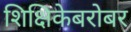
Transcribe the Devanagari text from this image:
शिक्षिकेबरोबर